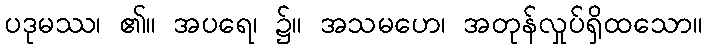
ပဒုမဿ၊ ၏။ အပရေ၊ ၌။ အသမဟေ၊ အတုန်လှုပ်ရှိထသော။